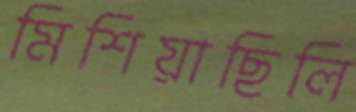
মিশিয়াছিলি